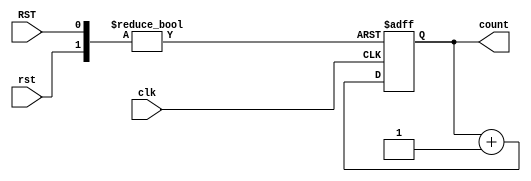
module vCounter (
        input clk,
        input rst,
        input RST,
        output reg [9:0] count
);

        always @(posedge clk or posedge rst or posedge RST)
        begin   
                if(RST)
                        count <= 0;
                else if(rst)
                        count <= 0;
                else
                        count <= count + 1'b1;
        end
endmodule